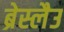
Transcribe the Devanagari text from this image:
ब्रेस्लैउ